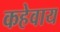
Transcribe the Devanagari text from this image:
कहेवाय